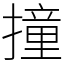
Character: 撞